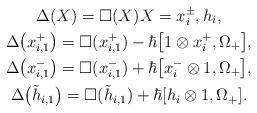
LaTeX: \begin{gather*}\Delta(X) = \square(X) X=x_{i}^{\pm}, h_i,\\\Delta\big(x_{i,1}^+\big) = \square(x_{i,1}^+) - \hbar \big[1 \otimes x_i^+, \Omega_+\big],\\\Delta\big(x_{i,1}^-\big) = \square(x_{i,1}^-) + \hbar \big[x_i^- \otimes 1, \Omega_+\big],\\\Delta\big(\tilde{h}_{i,1}\big)= \square(\tilde{h}_{i,1}) + \hbar [h_i \otimes 1, \Omega_+].\end{gather*}